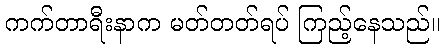
ကက်တာရီးနာက မတ်တတ်ရပ် ကြည့်နေသည်။